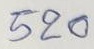
520